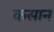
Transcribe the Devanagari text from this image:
कसान